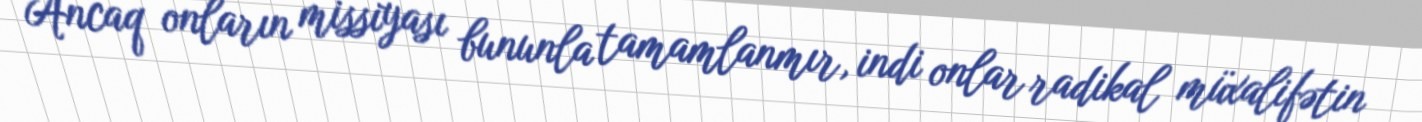
Ancaq onların missiyası bununla tamamlanmır, indi onlar radikal müxalifətin